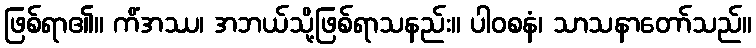
ဖြစ်ရာ၏။ ကိံအဿ၊ အဘယ်သို့ဖြစ်ရာသနည်း။ ပါဝစနံ၊ သာသနာတော်သည်။